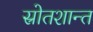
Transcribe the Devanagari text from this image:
स्रोतशान्त